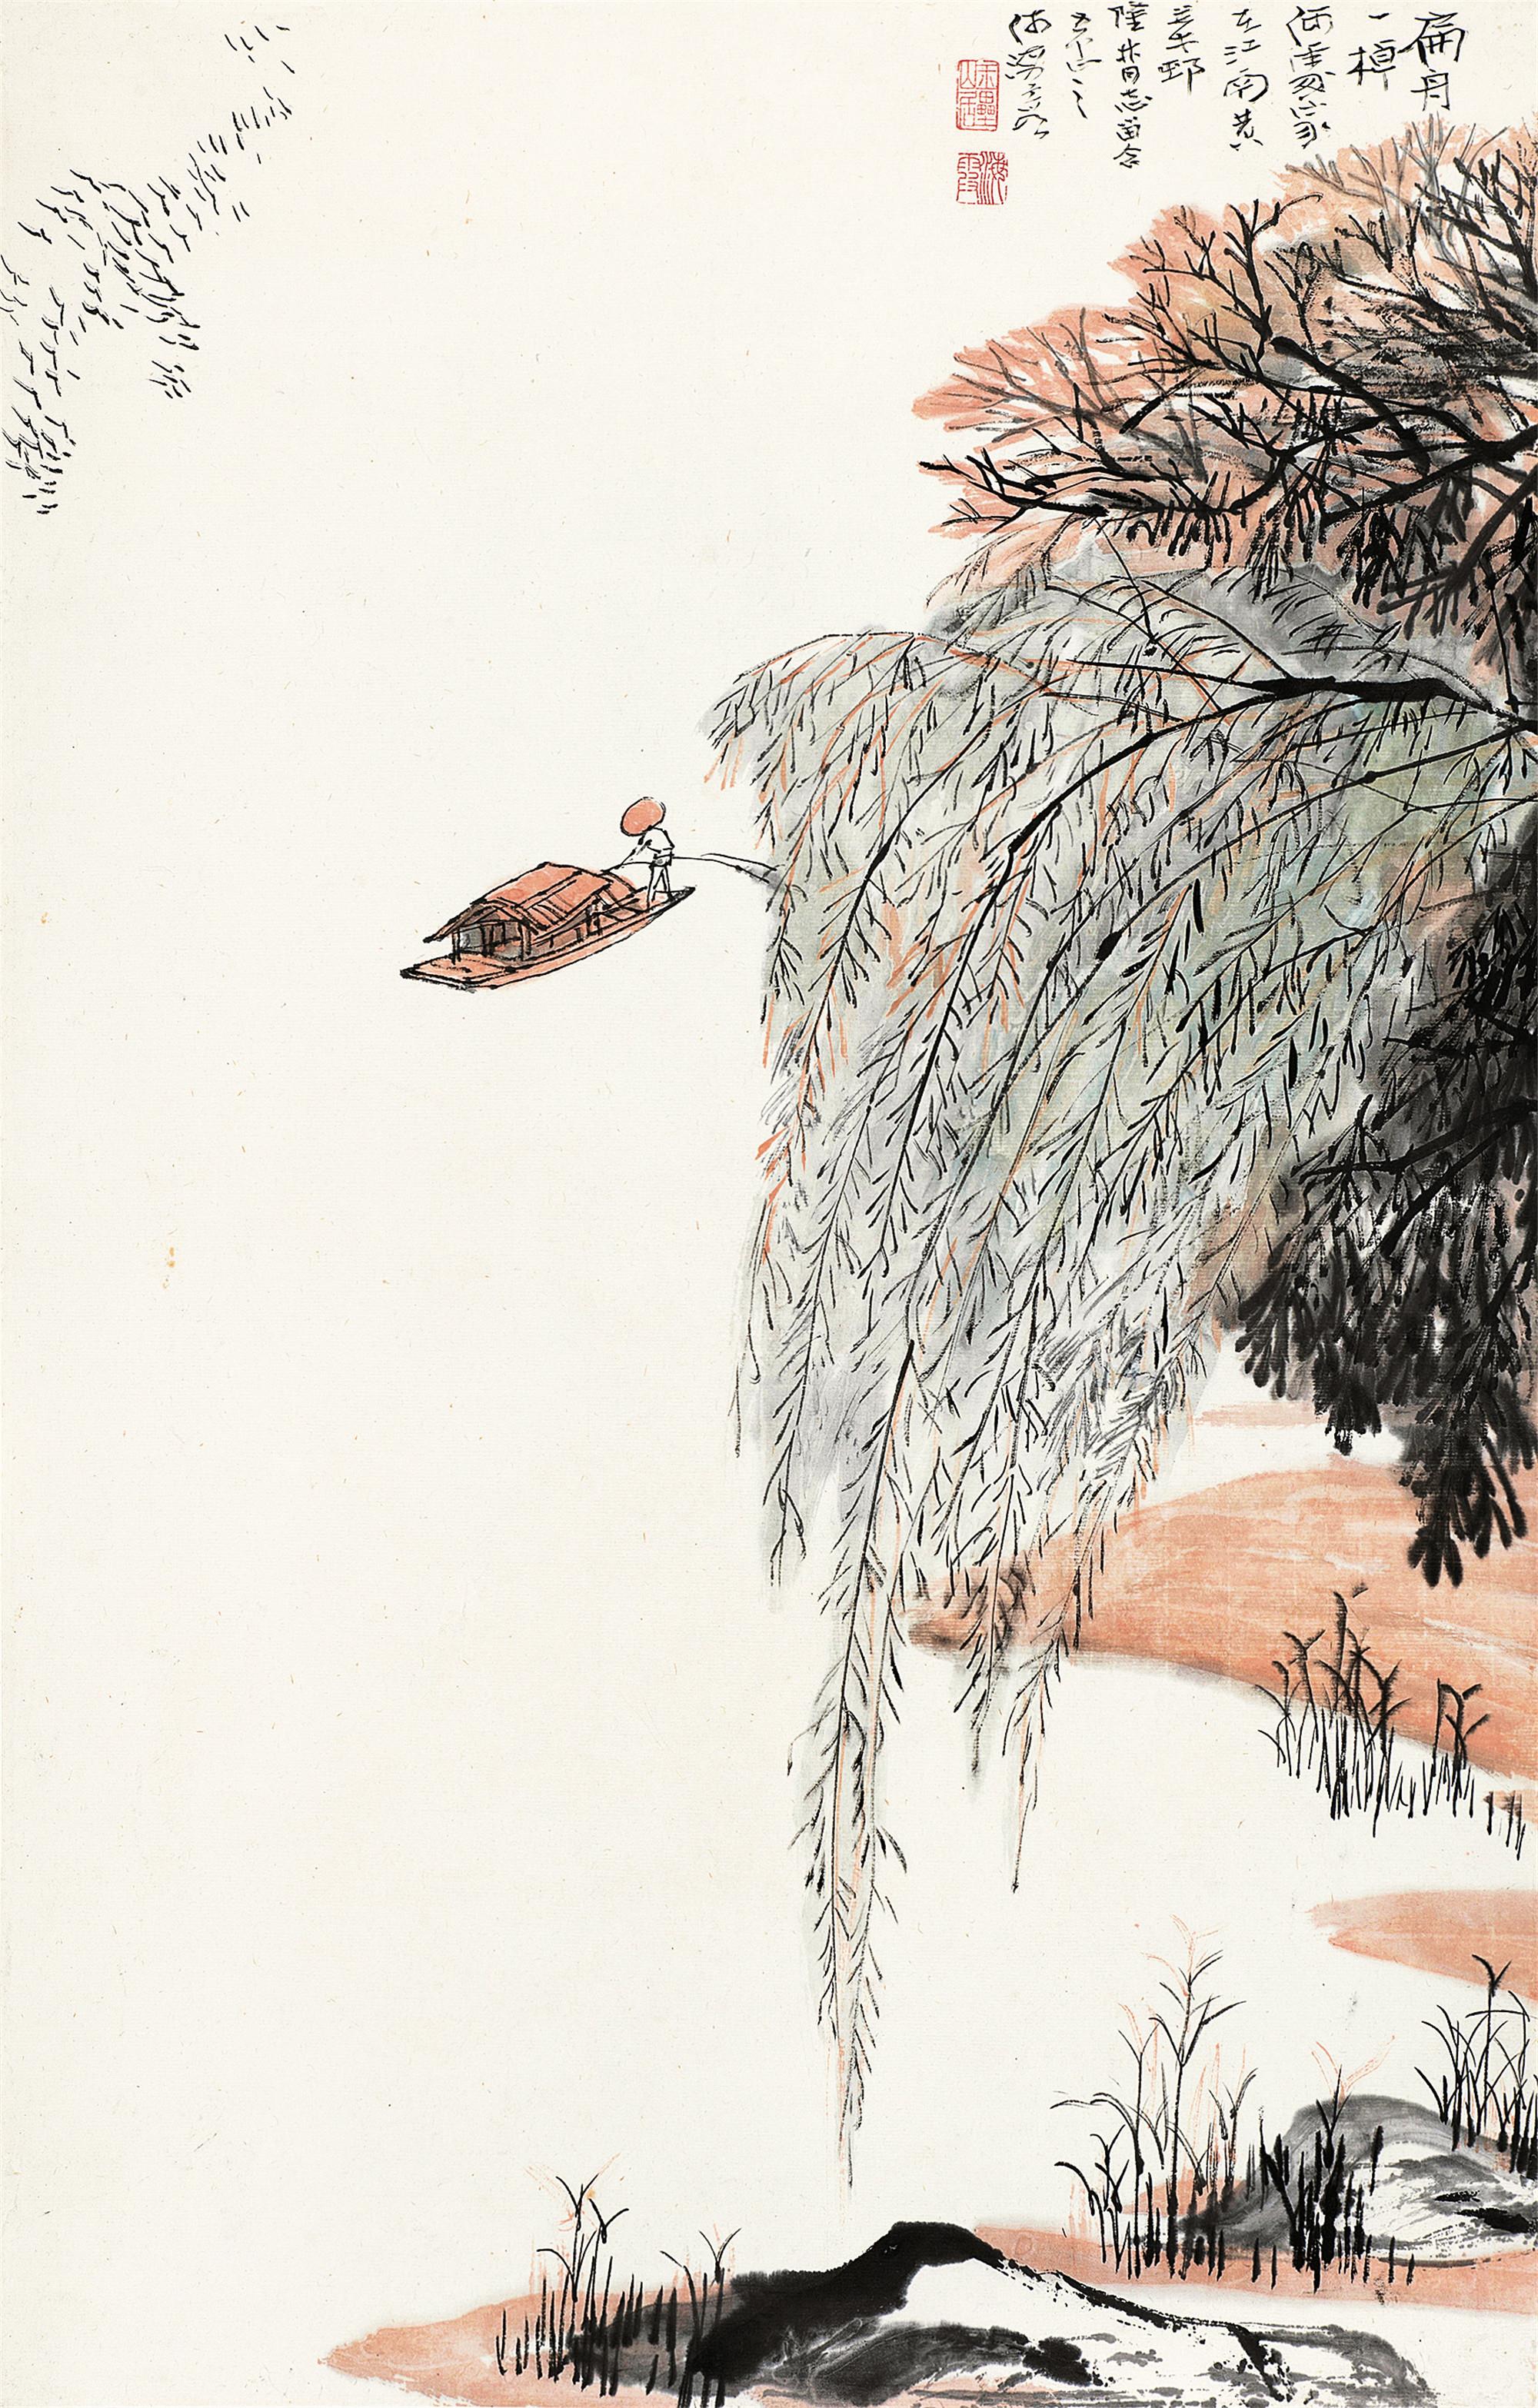
扁舟一棹归何处？家在江南黄叶村。